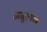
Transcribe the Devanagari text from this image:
असुरगण